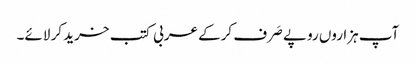
آپ ہزاروں روپے صَرف کرکے عربی کتب خرید کر لائے۔